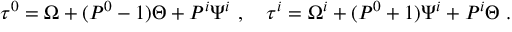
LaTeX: \tau ^ { 0 } = \Omega + ( P ^ { 0 } - 1 ) \Theta + P ^ { i } \Psi ^ { i } ~ , \quad \tau ^ { i } = \Omega ^ { i } + ( P ^ { 0 } + 1 ) \Psi ^ { i } + P ^ { i } \Theta \; .